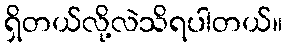
ရှိတယ်လို့လဲသိရပါတယ်။